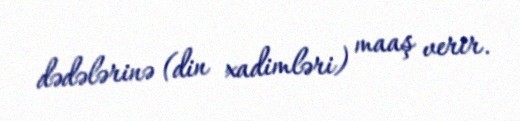
dədələrinə (din xadimləri) maaş verir.